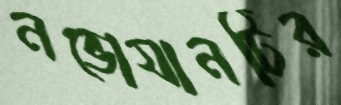
নভোযানটির